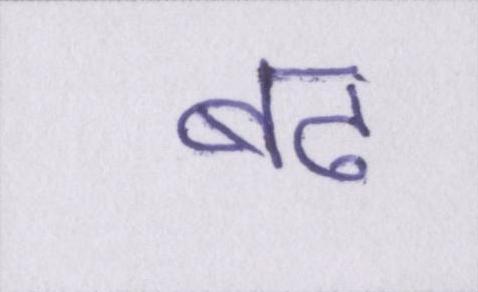
बढ